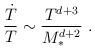
LaTeX: \begin{align*}\frac{{\dot T}}{T}\sim \frac{T^{d+3}}{M_*^{d+2}} \ .\end{align*}